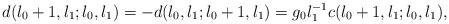
\begin{align*}d(l_{0}+1,l_{1};l_{0},l_{1}) =-d(l_{0},l_{1};l_{0}+1,l_{1}) =g_{0}l_{1}^{-1} c(l_{0}+1,l_{1};l_{0},l_{1}),\end{align*}